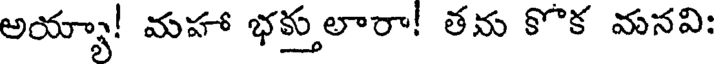
అయ్యా! మహా భక్తులారా! తను కొక మనవి: